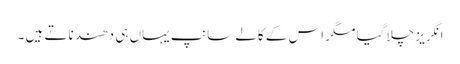
انگریز چلا گیا مگر اس کے کالے سانپ یہاں ہی دھندناتے ہیں ۔